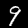
Digit: 9